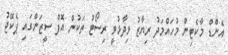
އެންޑް މާކެޓިން މުހައްމަދު ރިޔާޒު ވިދާޅުވީ ރިސޯޓު ތަކުން އޮފް ސީޒަންގައި ޕެކޭޖު